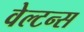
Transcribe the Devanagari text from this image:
वेल्टन्स